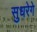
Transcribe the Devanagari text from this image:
सुधरेगे